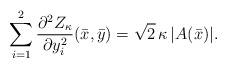
LaTeX: \begin{align*} \sum_{i=1}^2 \frac{\partial^2 Z_\kappa}{\partial y_i^2}(\bar{x},\bar{y}) = \sqrt{2} \, \kappa \, |A(\bar{x})|. \end{align*}